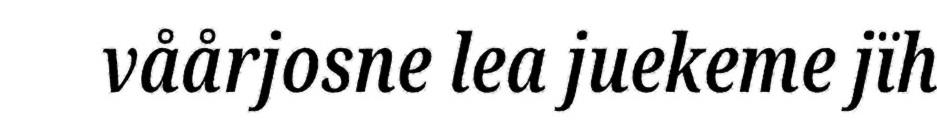
våårjosne lea juekeme jïh